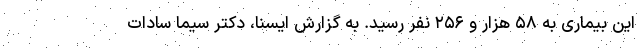
این بیماری به ۵۸ هزار و ۲۵۶ نفر رسید. به گزارش ایسنا، دکتر سیما سادات